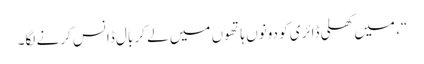
“، میں کھلی ڈائری کو دونوں ہاتھوں میں لے کر بال ڈانس کرنے لگا۔